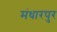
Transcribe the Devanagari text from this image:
मंधारपुर